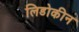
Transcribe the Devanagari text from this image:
लिडोकीन